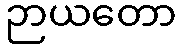
ဉာယတော